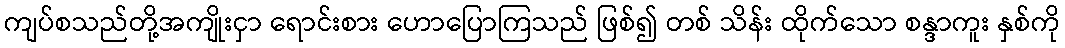
ကျပ်စသည်တို့အကျိုးငှာ ရောင်းစား ဟောပြောကြသည် ဖြစ်၍ တစ် သိန်း ထိုက်သော စန္ဒာကူး နှစ်ကို